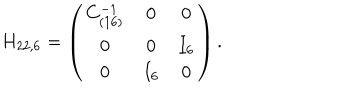
LaTeX: H _ { 2 2 , 6 } = \left( \begin{array} { c c c } { { C _ { ( 1 6 ) } ^ { - 1 } } } & { { 0 } } & { { 0 } } \\ { { 0 } } & { { 0 } } & { { I _ { 6 } } } \\ { { 0 } } & { { I _ { 6 } } } & { { 0 } } \\ \end{array} \right) .